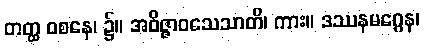
တတ္ထ ဝစနေ၊ ၌။ အဝိဇ္ဇာဝသေသာတိ၊ ကား။ ဒဿနမဂ္ဂေန၊